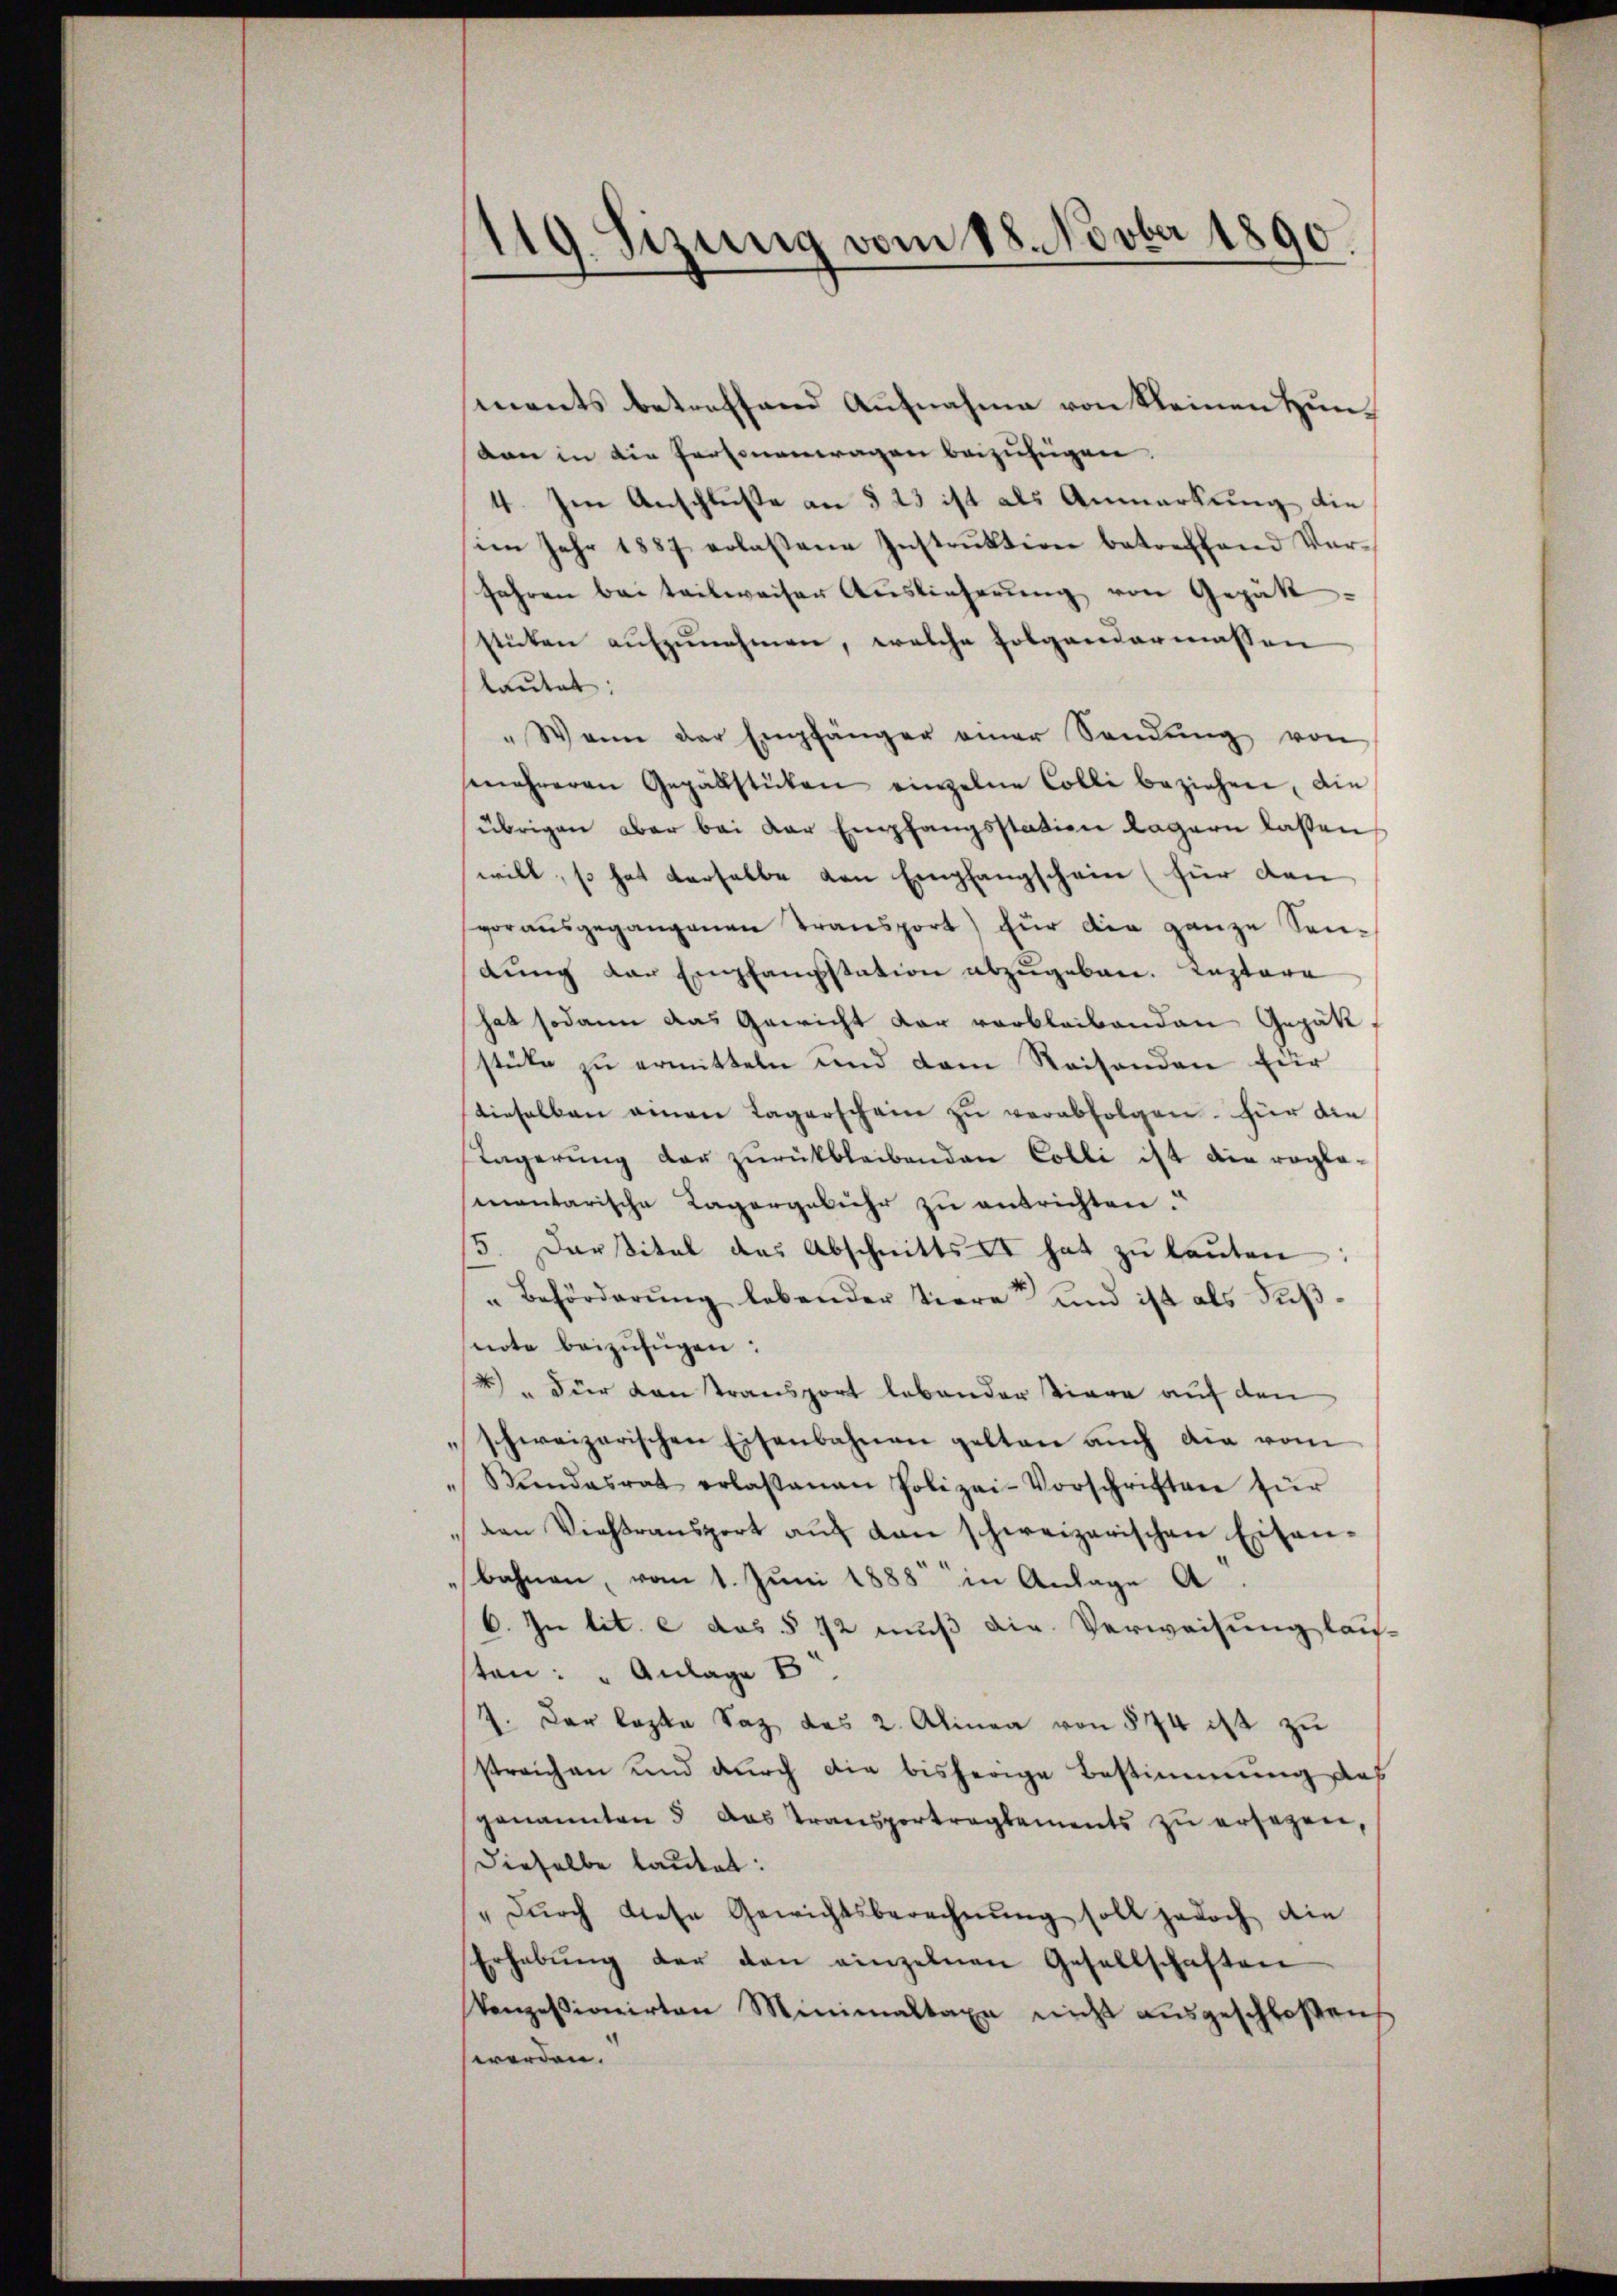
ments betreffend Aufnahme von Kleinen Hunvon in die Personantragen beizufügen.
4. Im Anschluße an § 23 ist als Anmarkung die
im Jahr 1887 erlassene Instruktion betreffend Ver¬
Jahren bei teilweiser Auslieferung von Gepät-
stücken aufzunehmen, welche folgendermassen
lautet:
"Wenn der Empfänger einer Sandŭng von
emehreren Gepäbstücken einzelne Colli beziehen, die
übrigen aber bei der Empfangsstation Lagern lassen
will, so hat derselbe von Empfangschein (für den
vorausgegangenen Transport) für die ganze Sendŭng der Empfangsstation abzugeben. Kaptore
hat sodann das Gewicht dar verbleibenden Gepät,
stüke zu ermitteln und dem Reisenden zur
dieselben einen Lagerschein zŭ verabfolgen. Für die
Lagerung der zurückbleibenden Colli ist die rogla-
mantarische Lagergebühr zu entrichten.
5. Darital das Abschnitts - hat zŭ laŭten:
"Behörderŭng lebender Tiere und ist als Fŭβ-
note beizufügen:
2) " Für von transport lebender Tiere auf den
schweizerischen Eisenbahnen gelten auch die vom
Kindesrat erlassenen Polizei-Vorschriften für
den Viehtransport auf den schweizerischen Eisenbahnen, vom 1. Juni 1888 in Anlage A.
6. In lit. e das § 72 muß die Verweisung laus
sten: " Anlage pr
7. Der Caska Saz das 2. Alinea von § 74 ist zu
streichen und durch die bisherige Bestimmung des
genannten 5 das Transportragtements zŭ ersezen,
dieselbe lautet:
"Dŭrch diese Gewichtsberechnŭng soll jedoch die
Erhebŭng der den einzelnen Gesellschaften
Vonzessionirten Minimaltaxe nicht aŭsgeschloßen,
werden.

119. Sizung vom 18. Novber 1890.